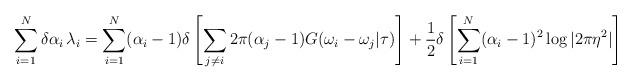
LaTeX: \begin{align*}\sum_{i=1}^{N} \delta \alpha_{i} \, \lambda_{i} = \sum_{i=1}^{N}(\alpha_{i} -1) \delta \left[ \sum_{j \neq i} 2\pi (\alpha_{j} -1)G(\omega_{i} -\omega_{j} | \tau) \right] + \frac{1}{2} \delta \left[\sum_{i=1}^{N} (\alpha_{i} -1)^{2} \log |2\pi \eta^{2} | \right]\end{align*}